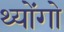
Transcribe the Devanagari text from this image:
थ्योंगो